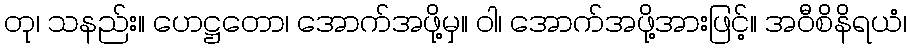
တု၊ သနည်း။ ဟေဋ္ဌတော၊ အောက်အဖို့မှ။ ဝါ၊ အောက်အဖို့အားဖြင့်။ အဝီစိနိရယံ၊